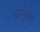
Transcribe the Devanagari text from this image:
अनुबाग